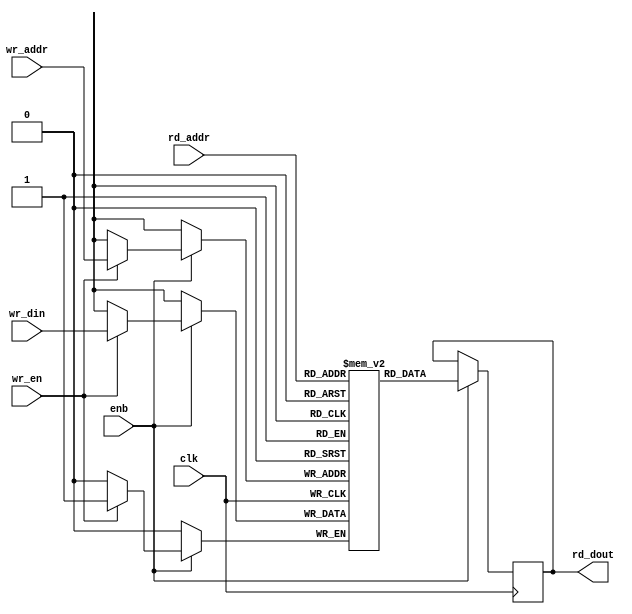
// -------------------------------------------------------------
// 
// 
// Generated by MATLAB 9.13 and HDL Coder 4.0
// 
// -------------------------------------------------------------


// -------------------------------------------------------------
// 
// Module: whdlOFDMTx_SimpleDualPortRAM_generic_block1
// Source Path: whdlOFDMTx/Frame Generator/Data/Data Chain/Symbol Interleaver/Interleaver/Store_Block_Lengths/SimpleDualPortRAM_generic
// Hierarchy Level: 7
// 
// -------------------------------------------------------------

`timescale 1 ns / 1 ns

module whdlOFDMTx_SimpleDualPortRAM_generic_block1
          (clk,
           enb,
           wr_din,
           wr_addr,
           wr_en,
           rd_addr,
           rd_dout);

  parameter integer AddrWidth  = 1;
  parameter integer DataWidth  = 1;

  input   clk;
  input   enb;
  input   [DataWidth - 1:0] wr_din;  // parameterized width
  input   [AddrWidth - 1:0] wr_addr;  // parameterized width
  input   wr_en;  // ufix1
  input   [AddrWidth - 1:0] rd_addr;  // parameterized width
  output  [DataWidth - 1:0] rd_dout;  // parameterized width


  reg  [DataWidth - 1:0] ram [2**AddrWidth - 1:0];
  reg  [DataWidth - 1:0] data_int;
  integer i;

  initial begin
    for (i=0; i<=2**AddrWidth - 1; i=i+1) begin
      ram[i] = 0;
    end
    data_int = 0;
  end


  always @(posedge clk)
    begin : SimpleDualPortRAM_generic_process
      if (enb == 1'b1) begin
        if (wr_en == 1'b1) begin
          ram[wr_addr] <= wr_din;
        end
        data_int <= ram[rd_addr];
      end
    end

  assign rd_dout = data_int;

endmodule  // whdlOFDMTx_SimpleDualPortRAM_generic_block1